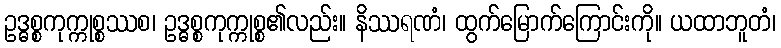
ဥဒ္ဓစ္စကုက္ကုစ္စဿစ၊ ဥဒ္ဓစ္စကုက္ကုစ္စ၏လည်း။ နိဿရဏံ၊ ထွက်မြောက်ကြောင်းကို။ ယထာဘူတံ၊